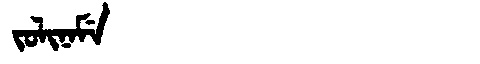
Manchu: ᠵᠣᠯᡳᠨᠠᠮᡝ
Romanization: JOLINAME